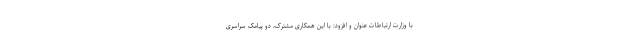
با وزارت ارتباطات عنوان و افزود: با این همکاری مشترک، دو پیامک سراسری